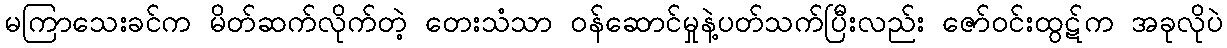
မကြာသေးခင်က မိတ်ဆက်လိုက်တဲ့ တေးသံသာ ဝန်ဆောင်မှုနဲ့ပတ်သက်ပြီးလည်း ဇော်ဝင်းထွဋ်က အခုလိုပဲ